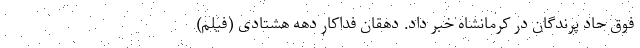
فوق حاد پرندگان در کرمانشاه خبر داد. دهقان فداکار دهه هشتادی (فیلم)